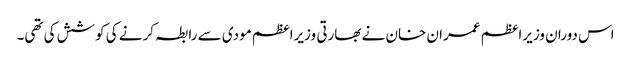
اس دوران وزیراعظم عمران خان نے بھارتی وزیراعظم مودی سے رابطہ کرنے کی کوشش کی تھی۔